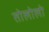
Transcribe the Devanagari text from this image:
तोलोलो